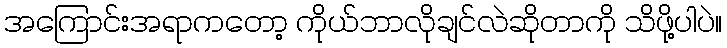
အကြောင်းအရာကတော့ ကိုယ်ဘာလိုချင်လဲဆိုတာကို သိဖို့ပါပဲ။